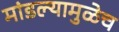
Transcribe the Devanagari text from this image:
मांडल्यामुळेच